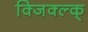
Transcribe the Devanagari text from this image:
क्जिक्ल्क्